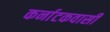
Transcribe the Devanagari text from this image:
कर्नाटकवासी